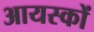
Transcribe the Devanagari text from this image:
आयस्कों